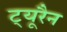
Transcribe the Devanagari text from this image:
ट्यूरैन